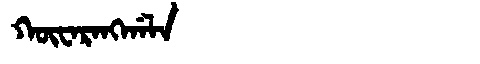
Manchu: ᡴᡡᠸᠠᡵᠠᠩᡤᠠᠯᠠ
Romanization: KŪWARANGGALA